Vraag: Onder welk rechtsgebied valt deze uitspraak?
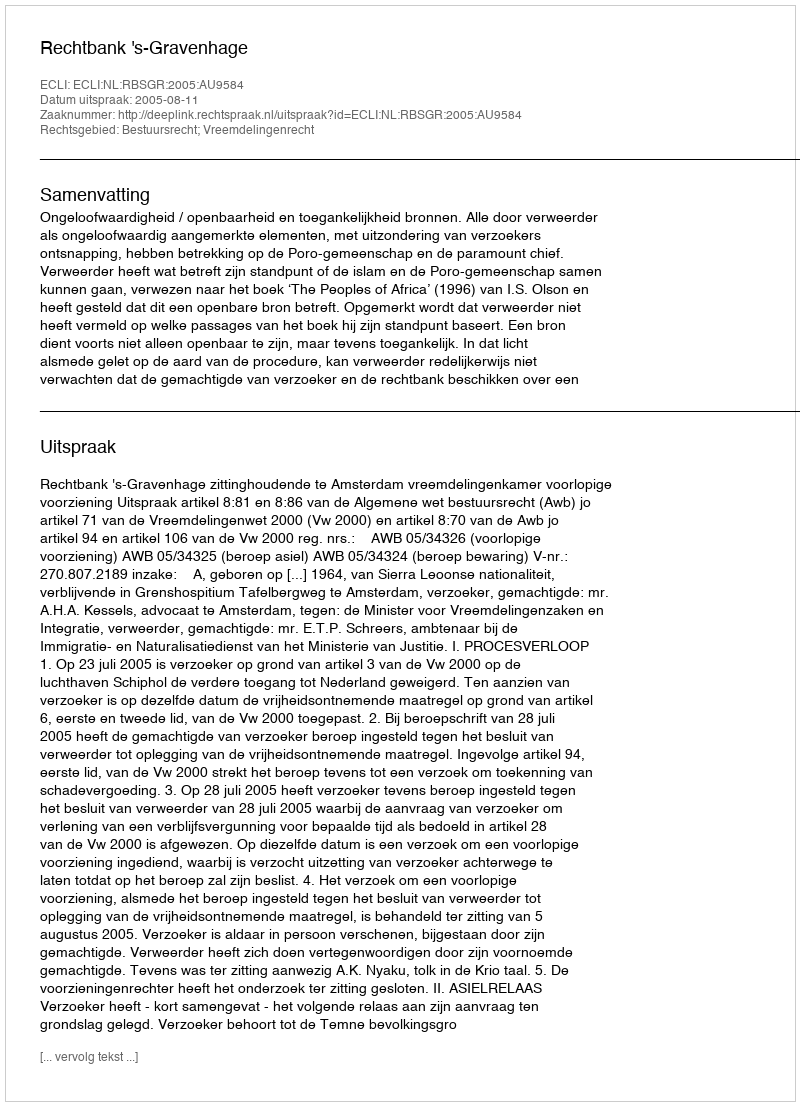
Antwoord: Bestuursrecht; Vreemdelingenrecht